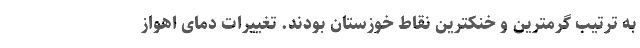
به ترتیب گرمترین و خنکترین نقاط خوزستان بودند. تغییرات دمای اهواز